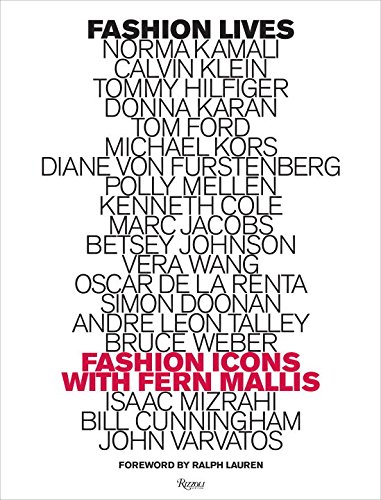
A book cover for Fashion Lives: Fashion Icons with Fern Mallis; Fern Mallis; Arts & Photography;